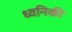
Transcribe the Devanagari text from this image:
ध्‍वनिकी